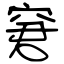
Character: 窘